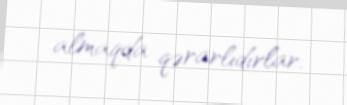
almaqda qərarlıdırlar.